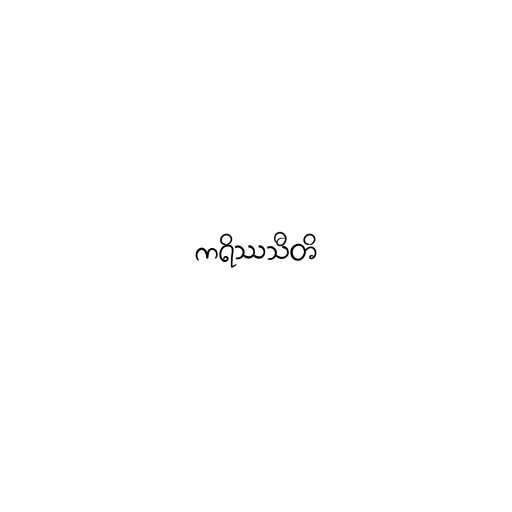
ကရိဿသီတိ